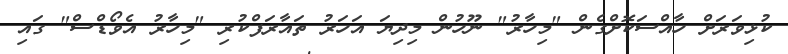
ކުޅިވަރަށް ހާއްސަކޮށްގެން "މިހާރު" ނޫހުން މިދިޔަ އަހަރު ތައާރަފްކުރި "މިހާރު އެވޯޑްސް" ގައި